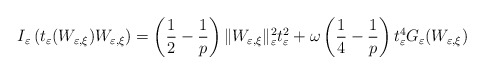
\begin{align*}I_{\varepsilon}\left(t_{\varepsilon}(W_{\varepsilon,\xi})W_{\varepsilon,\xi}\right)=\left(\frac{1}{2}-\frac{1}{p}\right)\|W_{\varepsilon,\xi}\|_{\varepsilon}^{2}t_{\varepsilon}^{2}+\omega\left(\frac{1}{4}-\frac{1}{p}\right)t_{\varepsilon}^{4}G_{\varepsilon}(W_{\varepsilon,\xi})\end{align*}